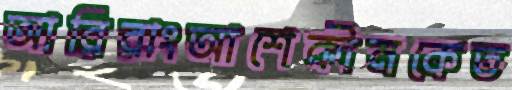
আরিরাংআশেকীনকেত